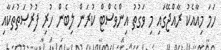
ހަމަ މިއާއެކު ރާއްޖޭގައި މި ވަގުތު އިންވެސްޓް ކުރަން ލިބެން ހުރި ފުރުޞަތުތަކާއި